Vaccination in Bombay 1924-1928 - 1924-1928
Year: 1924
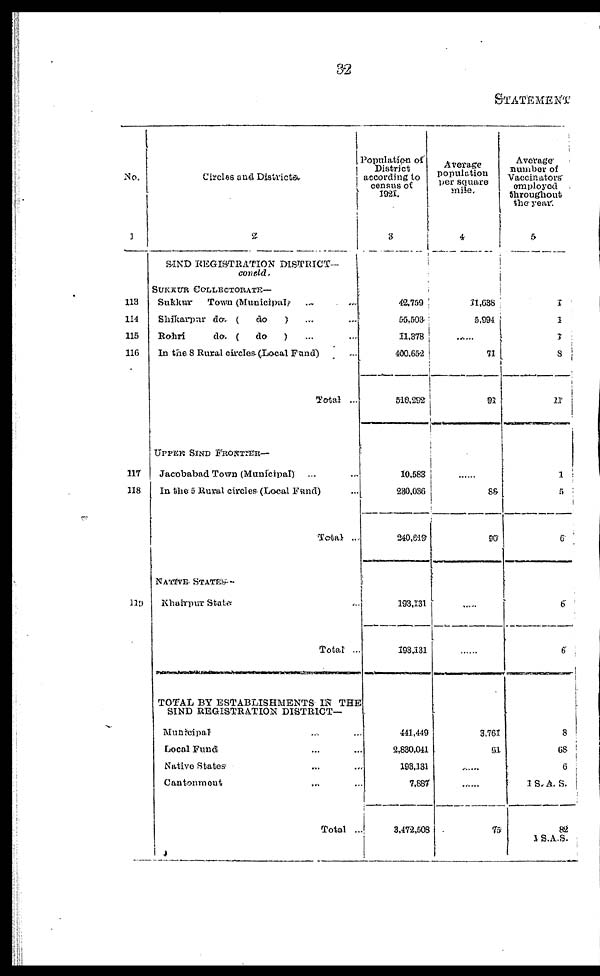
32
STATEMENT
No.
1
113
114
115
116
117
118
119
Circles and Districts.
2
SIND REGISTRATION DISTRICT—
concld.
SUKKUR COLLECTORATE—
Sukkur
Town (Municipal) ... ...
Shikarpur do. (
do ) ... ...
Rohri
do. (
do
) ... ...
In the 8 Rural circles (Local Fund) ...
Total ...
UPPER SIND FRONTIER—
Jacobabad Town (Municipal) ... ...
In the 5 Rural circles (Local Fund) ...
Total ...
NATIVE STATES—
Khairpur States ...
Total ...
TOTAL BY ESTABLISHMENTS IN THE
SIND REGISTRATION DISTRICT—
Municipal ... ...
Local Fund ... ...
Native States ... ...
Cantonment ... ...
Total ...
Population of
District
according to
census of
1921.
3
42,759
55,503
11,378
400,652
510,292
10,583
230,036
240,619
193,131
193,131
411,449
2,830,041
193,131
7,887
3,472,508
Average
population
per square
mile.
4
11,638
5,994
......
71
91
......
88
90
......
......
3,761
61
......
......
75
Average
number of
Vaccinators
employed
throughout
the year.
5
1
1
1
3
11
1
5
6
6
6
8
68
6
1
S.A.S.
82
1 S.A.S.